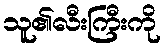
သူ၏လီးကြီးကို